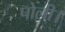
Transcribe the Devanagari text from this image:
पोली।